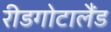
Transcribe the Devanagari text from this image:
रीडगोटालैंड